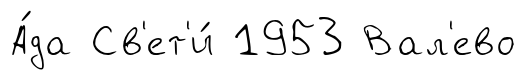
А́да Св'ет'и́ 1953 Вал'ево